画像に写った文字を読んでください
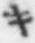
「キ」と書いてあります